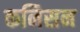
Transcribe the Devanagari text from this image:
कनिसन